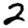
Digit: 2